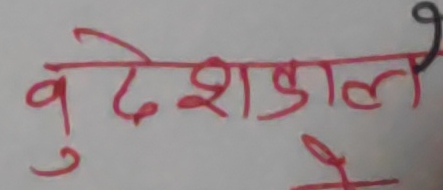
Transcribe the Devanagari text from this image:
बुदेशकालनै